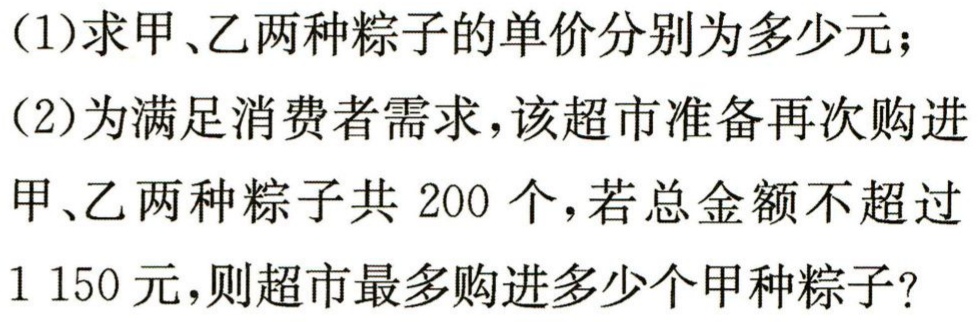
(1)求甲、乙两种粽子的单价分别为多少元；

(2)为满足消费者需求，该超市准备再次购进

甲、乙两种粽子共$200$个，若总金额不超过

$1150$元，则超市最多购进多少个甲种粽子？